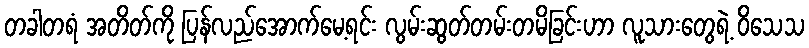
တခါတရံ အတိတ်ကို ပြန်လည်အောက်မေ့ရင်း လွမ်းဆွတ်တမ်းတမိခြင်းဟာ လူသားတွေရဲ့ ဝိသေသ